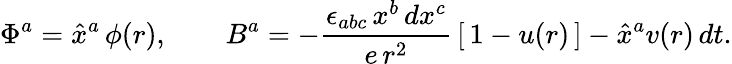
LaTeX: \Phi^{a}=\hat{x}^{a}\, \phi(r),\qquad B^{a}=-\frac{\epsilon_{abc}\, x^{b}\, dx^{c}}{e\, r^{2}}\, [\, 1-u(r)\, ]-\hat{x}^{a}v(r)\, dt.